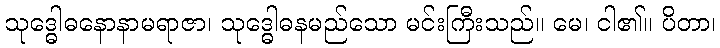
သုဒ္ဓေါဓနောနာမရာဇာ၊ သုဒ္ဓေါဓနမည်သော မင်းကြီးသည်။ မေ၊ ငါ၏။ ပိတာ၊